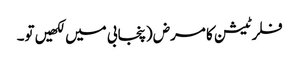
فلرٹیشن کا مرض (پنجابی میں لکھیں تو۔